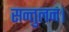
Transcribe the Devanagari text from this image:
सन्तुलन।